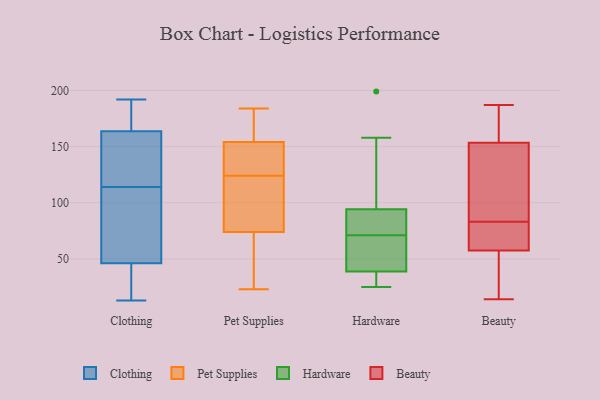
{"axis": {"x": "Page Views", "y": "Value"}, "legend": ["Beauty", "Clothing", "Hardware", "Pet Supplies"], "data": [{"x": "", "y": 146, "type": "Clothing"}, {"x": "", "y": 33, "type": "Clothing"}, {"x": "", "y": 107, "type": "Clothing"}, {"x": "", "y": 13, "type": "Clothing"}, {"x": "", "y": 23, "type": "Clothing"}, {"x": "", "y": 145, "type": "Clothing"}, {"x": "", "y": 46, "type": "Clothing"}, {"x": "", "y": 108, "type": "Clothing"}, {"x": "", "y": 35, "type": "Clothing"}, {"x": "", "y": 166, "type": "Clothing"}, {"x": "", "y": 114, "type": "Clothing"}, {"x": "", "y": 191, "type": "Clothing"}, {"x": "", "y": 78, "type": "Clothing"}, {"x": "", "y": 192, "type": "Clothing"}, {"x": "", "y": 140, "type": "Clothing"}, {"x": "", "y": 187, "type": "Clothing"}, {"x": "", "y": 46, "type": "Clothing"}, {"x": "", "y": 163, "type": "Clothing"}, {"x": "", "y": 164, "type": "Clothing"}, {"x": "", "y": 29, "type": "Pet Supplies"}, {"x": "", "y": 72, "type": "Pet Supplies"}, {"x": "", "y": 117, "type": "Pet Supplies"}, {"x": "", "y": 107, "type": "Pet Supplies"}, {"x": "", "y": 184, "type": "Pet Supplies"}, {"x": "", "y": 64, "type": "Pet Supplies"}, {"x": "", "y": 23, "type": "Pet Supplies"}, {"x": "", "y": 80, "type": "Pet Supplies"}, {"x": "", "y": 128, "type": "Pet Supplies"}, {"x": "", "y": 162, "type": "Pet Supplies"}, {"x": "", "y": 124, "type": "Pet Supplies"}, {"x": "", "y": 158, "type": "Pet Supplies"}, {"x": "", "y": 134, "type": "Pet Supplies"}, {"x": "", "y": 151, "type": "Pet Supplies"}, {"x": "", "y": 155, "type": "Pet Supplies"}, {"x": "", "y": 35, "type": "Hardware"}, {"x": "", "y": 52, "type": "Hardware"}, {"x": "", "y": 32, "type": "Hardware"}, {"x": "", "y": 199, "type": "Hardware"}, {"x": "", "y": 50, "type": "Hardware"}, {"x": "", "y": 74, "type": "Hardware"}, {"x": "", "y": 74, "type": "Hardware"}, {"x": "", "y": 158, "type": "Hardware"}, {"x": "", "y": 25, "type": "Hardware"}, {"x": "", "y": 71, "type": "Hardware"}, {"x": "", "y": 101, "type": "Hardware"}, {"x": "", "y": 50, "type": "Beauty"}, {"x": "", "y": 87, "type": "Beauty"}, {"x": "", "y": 64, "type": "Beauty"}, {"x": "", "y": 187, "type": "Beauty"}, {"x": "", "y": 135, "type": "Beauty"}, {"x": "", "y": 66, "type": "Beauty"}, {"x": "", "y": 172, "type": "Beauty"}, {"x": "", "y": 14, "type": "Beauty"}, {"x": "", "y": 187, "type": "Beauty"}, {"x": "", "y": 125, "type": "Beauty"}, {"x": "", "y": 51, "type": "Beauty"}, {"x": "", "y": 79, "type": "Beauty"}]}